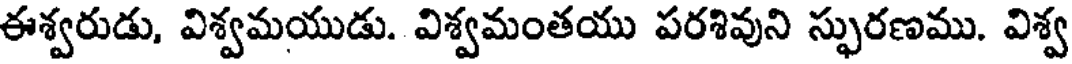
ఈశ్వరుడు, విశ్వమయుడు. విశ్వమంతయు పరశివుని స్ఫురణము. విశ్వ